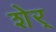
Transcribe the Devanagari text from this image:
शेर्